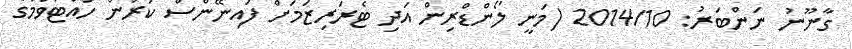
ގާނޫނު ނަންބަރު: 2014/10 (މަނީ ލޯންޑްރިން އަދި ޓެރަރިޒަމަށް ފައިނޭންސް ކުރުން ހުއްޓުވުމުގެ